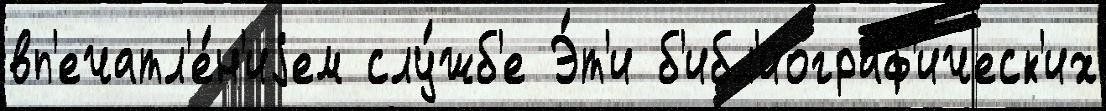
вп'ечатл'е́н'иjем слу́жб'е Э́т'и б'ибл'иограф'ическ'их